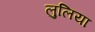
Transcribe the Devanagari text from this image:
लुलिया